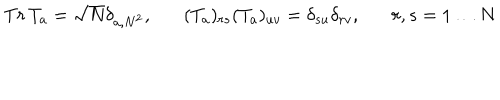
LaTeX: T r \, T _ { a } = \sqrt N \delta _ { a , N ^ { 2 } } , ( T _ { a } ) _ { r s } ( T _ { a } ) _ { u v } = \delta _ { s u } \delta _ { r v } , r , s = 1 \ldots N